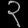
Digit: ၃